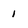
Character: 1